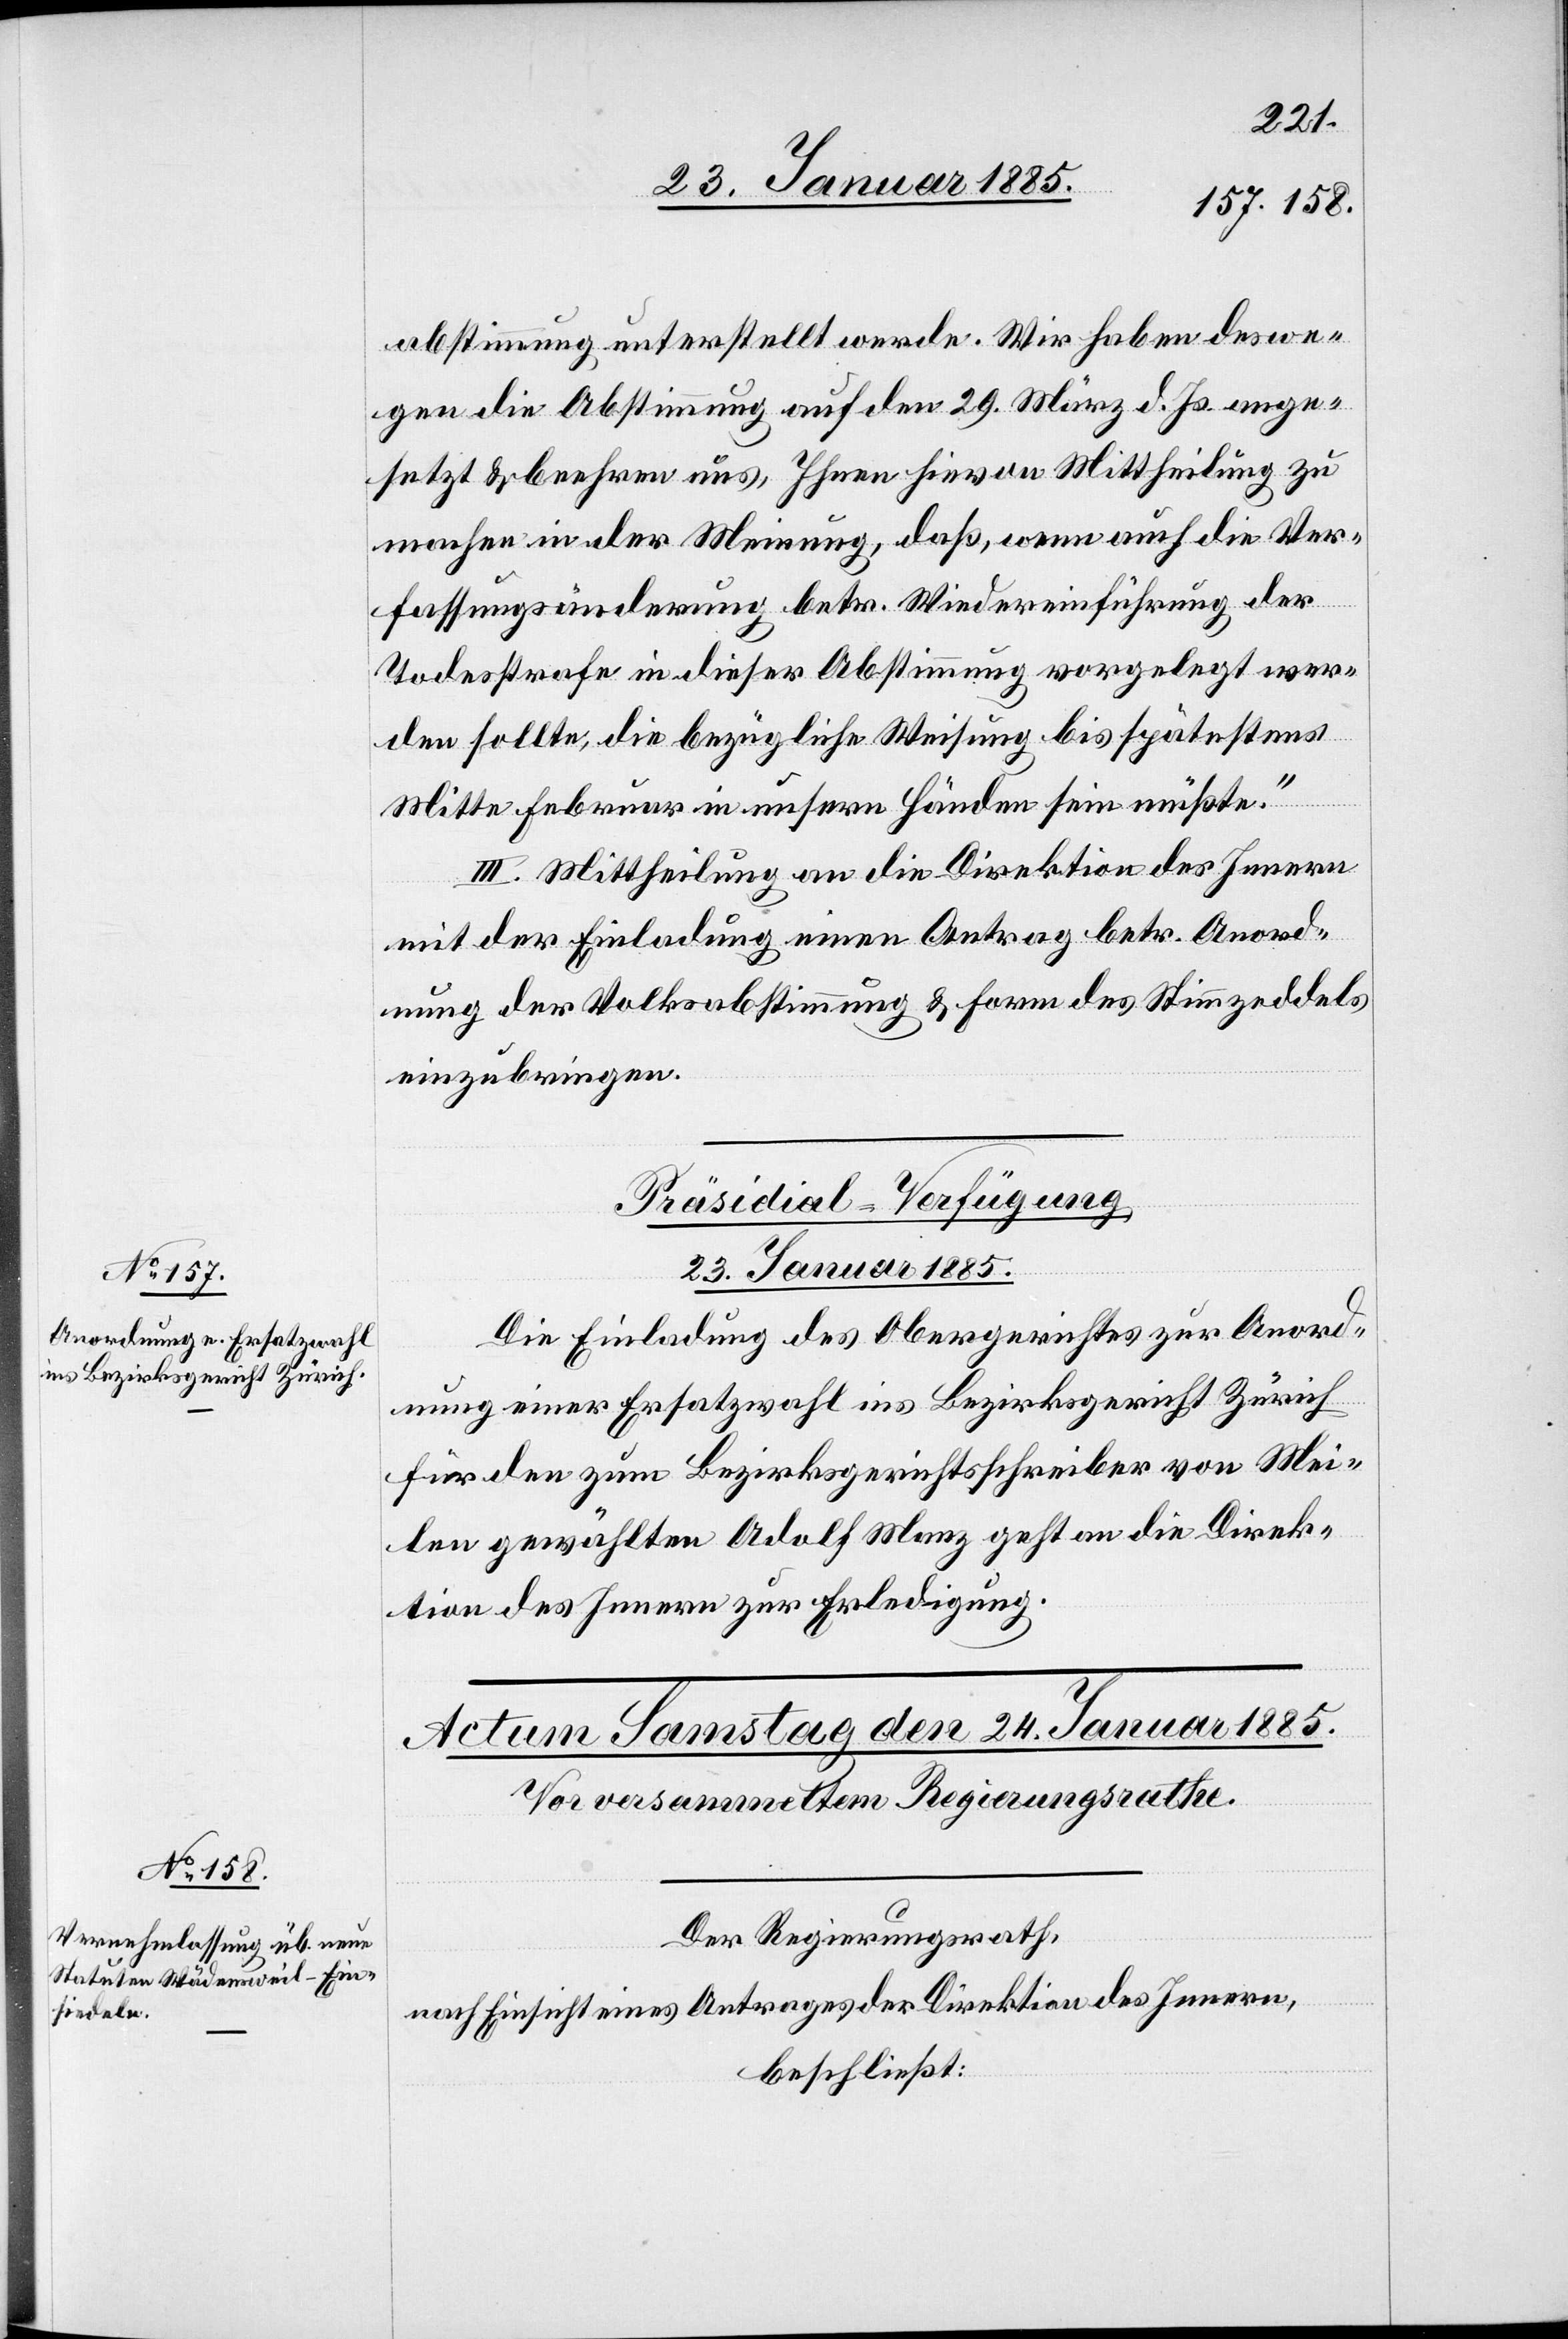
zum Bezirksgericht Zürich

abstimmung unterstellt werde. Wir haben deswe¬
gen die Abstimmung auf den 29. März d. Js. ange¬
setzt & beehren uns, Ihnen hievon Mittheilung zu
machen in der Meinung, das, wenn auch die Ver¬
den
fassungsänderung betr. Wiedereinführung der
Todesstrafe in dieser Abstimmung vorgelegt wer¬
den sollte, die bezügliche Weisung bis spätestens
Mitte Februar in unsern Händen sein müßte.“
III. Mittheilung an die Direktion des Innern
mit der Einladung einen Antrag betr. Anord¬
nung der Volksabstimmung & Form des Stimmzeddels
einzubringen.
Präsidial-Verfügung.
23. Januar 1885.
Die Einladung des Obergerichtes zur Anord¬
nung einer Ersatzwahl ins Bezirksgericht Zürich
für den zum Bezirksgerichtsschreiber von Mei¬
len gewählten Adolf Manz geht an die Direk¬
tion des Innern zu Erledigung.
Der Regierungsrath,
nach Einsicht eines Antrages der Direktion des Innern,
beschließt: